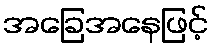
အခြေအနေဖြင့်